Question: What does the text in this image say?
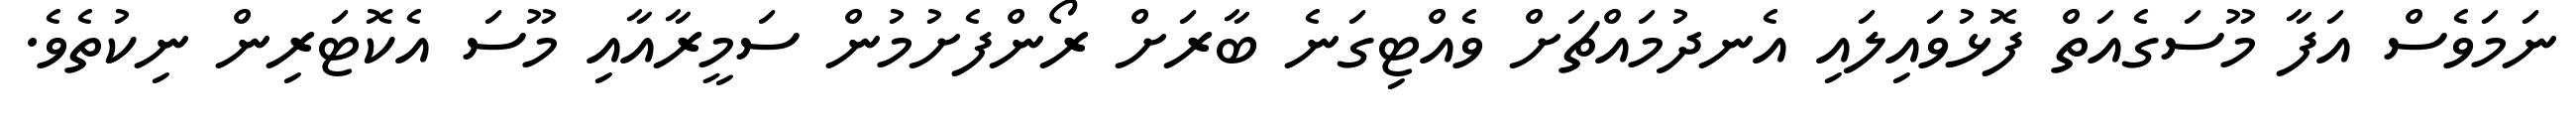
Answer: ނަމަވެސް އަފާ މޫސަގެއަތް ފޮޅުވައިލައި އެނދުމައްޗަށް ވެއްޓިގަނެ ބާރަށް ރޯންފެށުމުން ސަމީރާއާއި މޫސަ އެކޮޓަރިން ނިކުތެވެ.